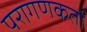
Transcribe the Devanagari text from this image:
परागणकर्ता